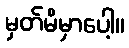
မှတ်မိမှာပေါ့။